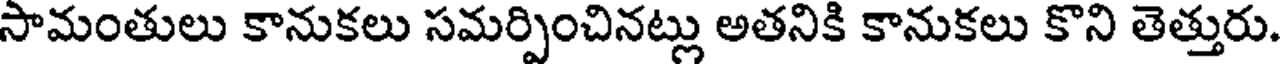
సామంతులు కానుకలు సమర్పించినట్లు అతనికి కానుకలు కొని తెత్తురు.